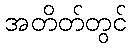
အတိတ်တွင်